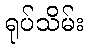
ရုပ်သိမ်း